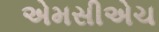
એમસીએચ